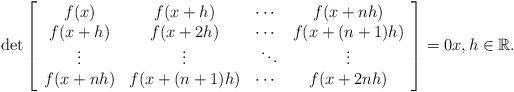
LaTeX: \begin{align*}\det\left[\begin{array}{cccccc}f(x) & f(x+h) & \cdots & f(x+nh) \\f(x+h) & f(x+2h) & \cdots & f(x+(n+1)h)\\\vdots & \vdots & \ \ddots & \vdots \\f(x+nh) & f(x+(n+1)h) & \cdots & f(x+2nh)\\\end{array} \right] =0 x,h\in\mathbb{R}.\end{align*}